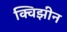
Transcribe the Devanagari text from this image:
क्विझीन